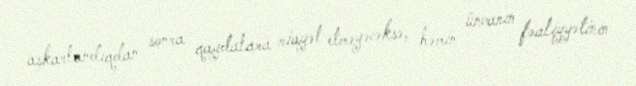
aşkarlandıqdan sonra qaydalara riayət etməyəcəksə, həmin ünvanın fəaliyyətinin